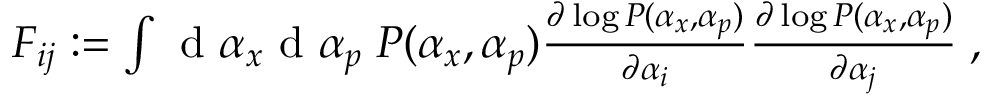
\begin{array} { r } { F _ { i j } : = \int \mathrm { ~ d ~ } \alpha _ { x } \mathrm { ~ d ~ } \alpha _ { p } \; P ( \alpha _ { x } , \alpha _ { p } ) \frac { \partial \log P ( \alpha _ { x } , \alpha _ { p } ) } { \partial \alpha _ { i } } \frac { \partial \log P ( \alpha _ { x } , \alpha _ { p } ) } { \partial \alpha _ { j } } \; , } \end{array}